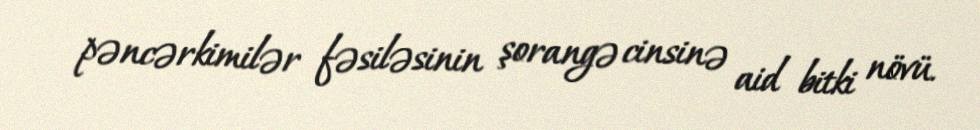
pəncərkimilər fəsiləsinin şorangə cinsinə aid bitki növü.